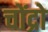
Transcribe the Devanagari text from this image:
चोंद्रो